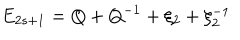
E _ { 2 s + 1 } = Q + Q ^ { - 1 } + \xi _ { 2 } + \xi _ { 2 } ^ { - 1 }